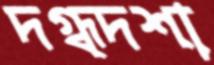
দগ্ধদশা